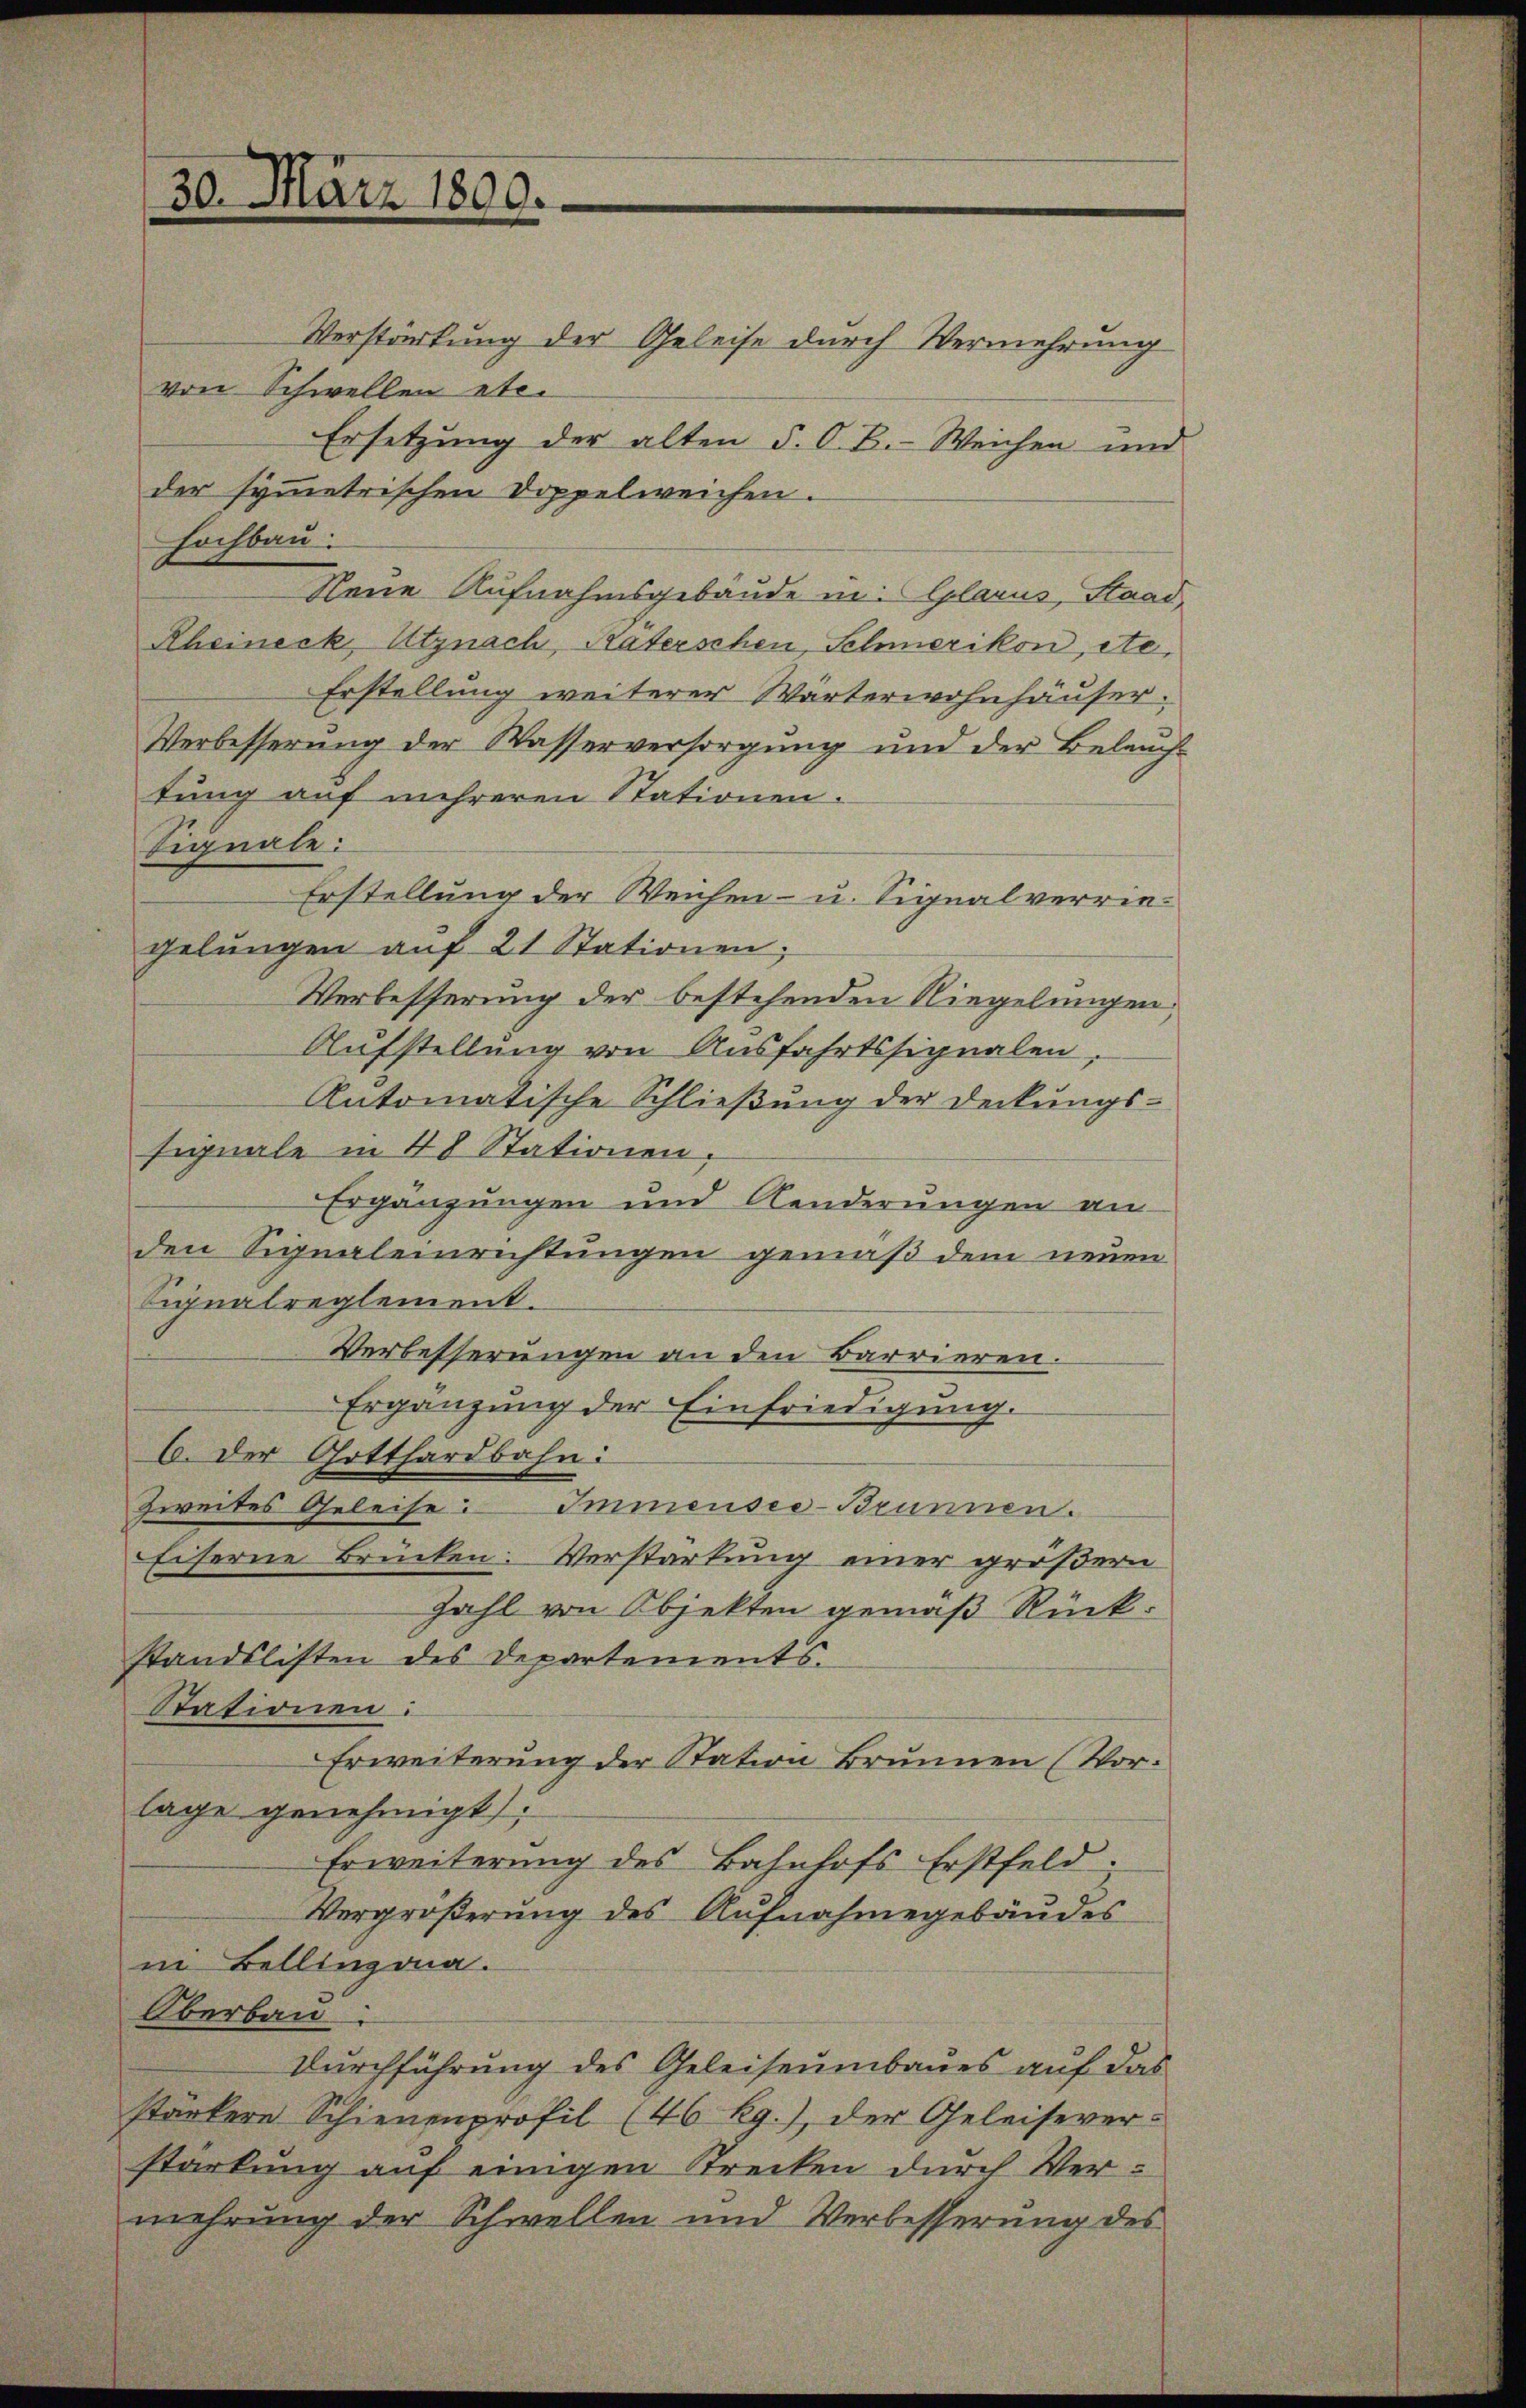
30. März 1890.

Verstärkung der Geleise durch Vermehrung
von Schwellen etc.
Ersetzung der alten §. O. B. Weichen und
der symmetrischen Doppelweichen.
hochbau
Neue Aufnahmsgebäude in Glarus, Staad,
Rheineck Utznach, Käterschen, Schmerikon, etc.
Erstellung weiterer Wärterwohnhäuser.
Verbesserŭng der Wasserversorgŭng und der Beleŭch-
tung auf mehreren Stationen.
Signale:
Erstellung der Weichen- u. Signalverriegelungen auf 21 Stationen;
Verbesserung der bestehenden Riegelungen,
Aufstellung von Ausfahrtssignalen
Antomatische Schließung der Deckungs-
signale in 48 Stationen,
Ergänzungen und Aenderungen an
den Signaleinrichtungen gemäß dem neuen
Signalreglement.
Verbesserungen an den Barrieren.
Ergänzung der Einfriedigung.
C. Der Gotthardbahn:
Zweites Geleise: Immensee-Brunnen.
Eiserne Brücken. Verstarkung einer größern
Zahl von Objekten gemäß Rück
standslisten des Departements.
Stationen:
Erweiterung der Station Brunnen (Vorlage genehmigt
Erweiterung des Bahnhofs Erstfeld.
Vergrößerung des Aufnahmegebäudes
ii Bellinzona.
Oberbau
Durchführung des Geleiseumbaues auf das
stärkere Schienenprofil (46 kg.), der Geleisever-
starkung auf einigen Strecken durch Vermehrung der Schwellen und Verbesserung des